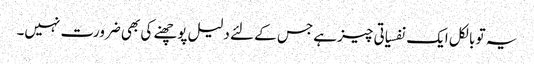
یہ تو بالکل ایک نفسیاتی چیز ہے جس کے لئے دلیل پوچھنے کی بھی ضرورت نہیں۔